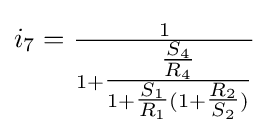
i_{7}={\tfrac {1}{1+{\tfrac {\tfrac {S_{4}}{R_{4}}}{1+{\tfrac {S_{1}}{R_{1}}}(1+{\tfrac {R_{2}}{S_{2}}})}}}}